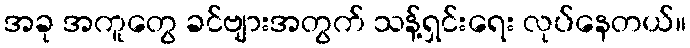
အခု အကူတွေ ခင်ဗျားအတွက် သန့်ရှင်းရေး လုပ်နေတယ်။